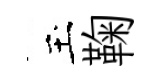
玉鞠